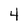
Character: 4